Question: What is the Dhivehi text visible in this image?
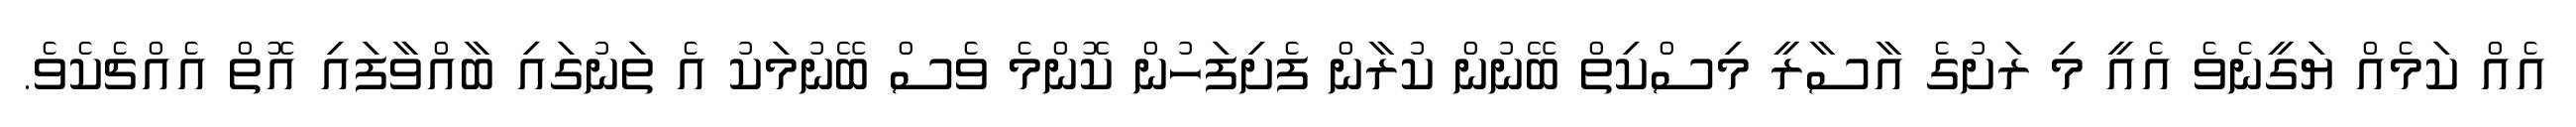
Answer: އެއް ކަމެއް ޔަގީނެވެ އެއީ މި ރަށުގެ އާސާރީ މިސްކިތް ބޭނުން ކުރާން ފެށިފަހުން ކޮންމެ ވެސް ބޭނުމަކު އެ ތަނުގައި ބާއްވާފައި އޮތް އެއްޗެކެވެ.